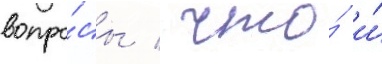
вопро́сы / что́ и́